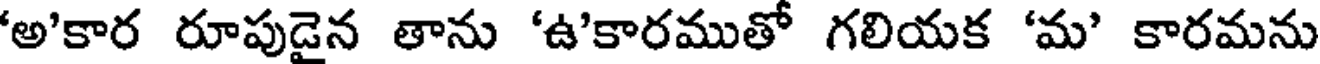
'అ'కార రూపుడైన తాను 'ఉ'కారముతో గలియక 'మ' కారమను